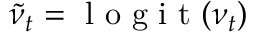
\tilde { \nu } _ { t } = \mathrm { ~ l ~ o ~ g ~ i ~ t ~ } ( \nu _ { t } )